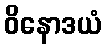
ဝိနောဒယံ